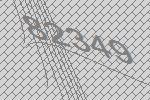
82349